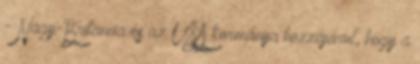
- Nagy-Britannia és az USA kormánya hozzájárul, hogy a